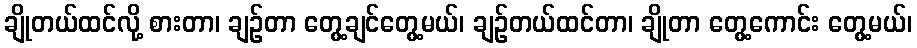
ချိုတယ်ထင်လို့ စားတာ၊ ချဉ်တာ တွေ့ချင်တွေ့မယ်၊ ချဉ်တယ်ထင်တာ၊ ချိုတာ တွေ့ကောင်း တွေ့မယ်၊